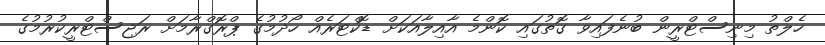
ހެލްތު މިނިސްޓްރީން ބުނެފައިވާ ގޮތުގައި ކޮންމެ އާއިލާއަކަށް ޑޮކްޓަރެއް ހޯދުމުގެ ޕްރޮގްރާމަށް ރަޖިސްޓްރީކުރުމުގެ